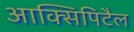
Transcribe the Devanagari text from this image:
आक्सिपिटैल